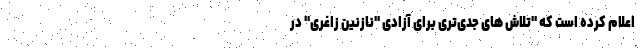
اعلام کرده است که ''تلاش های جدی‌تری برای آزادی "نازنین زاغری" در